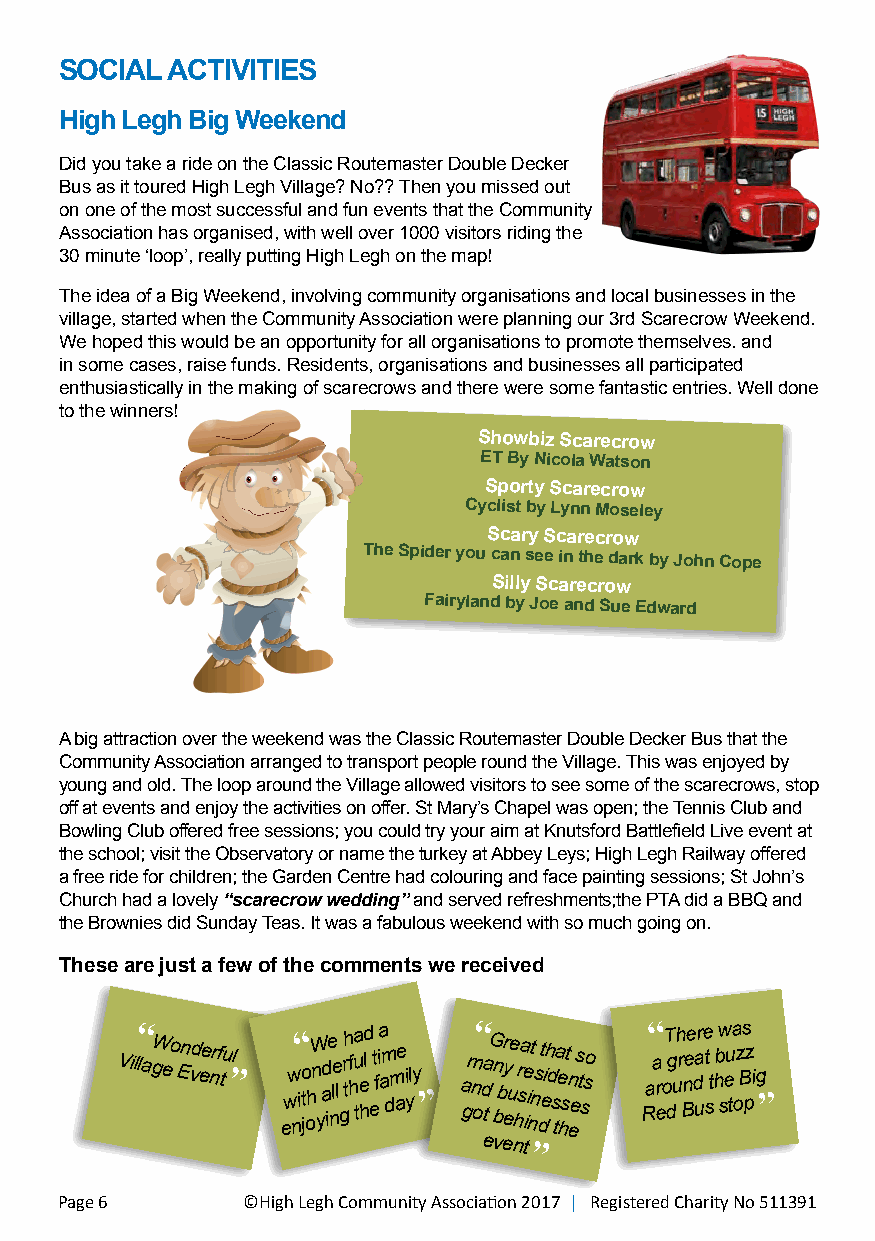
SOCIAL ACTIVITIES
 High Legh Big Weekend
 Did you take a ride on the Classic Routemaster Double Decker
 Bus as it toured High Legh Village? No?? Then you missed out
 on one of the most successful and fun events that the Community
 Association has organised, with well over 1000 visitors riding the
 30 minute ‘loop’, really putting High Legh on the map!
 The idea of a Big Weekend, involving community organisations and local businesses in the
 village, started when the Community Association were planning our 3rd Scarecrow Weekend.
 We hoped this would be an opportunity for all organisations to promote themselves. and
 in some cases, raise funds. Residents, organisations and businesses all participated
 enthusiastically in the making of scarecrows and there were some fantastic entries. Well done
 to the winners!
 Showbiz Scarecrow
 ET By Nicola Watson
 Sporty Scarecrow
 Cyclist by Lynn Moseley
 Scary Scarecrow
 The Spider you can see in the dark by John Cope
 Silly Scarecrow
 Fairyland by Joe and Sue Edward
 A big attraction over the weekend was the Classic Routemaster Double Decker Bus that the
 Community Association arranged to transport people round the Village. This was enjoyed by
 young and old. The loop around the Village allowed visitors to see some of the scarecrows, stop
 off at events and enjoy the activities on offer. St Mary’s Chapel was open; the Tennis Club and
 Bowling Club offered free sessions; you could try your aim at Knutsford Battlefield Live event at
 the school; visit the Observatory or name the turkey at Abbey Leys; High Legh Railway offered
 a free ride for children; the Garden Centre had colouring and face painting sessions; St John’s
 Church had a lovely “scarecrow wedding” and served refreshments;the PTA did a BBQ and
 the Brownies did Sunday Teas. It was a fabulous weekend with so much going on.
 These are just a few of the comments we received
 Vil“ lagW eo En vd ee nrf tu ”l eww n“ ito johW n
 y
 ad ie nle l grh tf h a u te hd l et fia a m dm ae i y ly ” a gm n“ oda
 t
 G bn b eyr ue hsra e ii nt ns dt eih d s ta e hst n ee s t sso Ra“ a r eo T dg uh r Bnee da ure t st h bw seu ta o z Bs pz i g ”
 event
 ”
 Page 6      ©High Legh Community Association 2017 | Registered Charity No 511391 ©High Legh Community Association 2017 | Registered Charity No 511391 Page 7